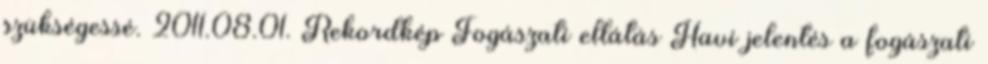
szükségessé. 2011.08.01. Rekordkép Fogászati ellátás Havi jelentés a fogászati